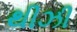
થીઝી